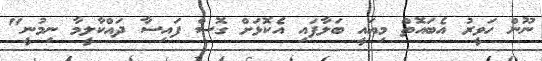
ނޫން ހަވީރު އެބައޮތް މިއައީ ބަލާފައި އެކޮޅަށް ގޮސް ފައިސާ ދައްކާލީމާ ނިމުނީ"